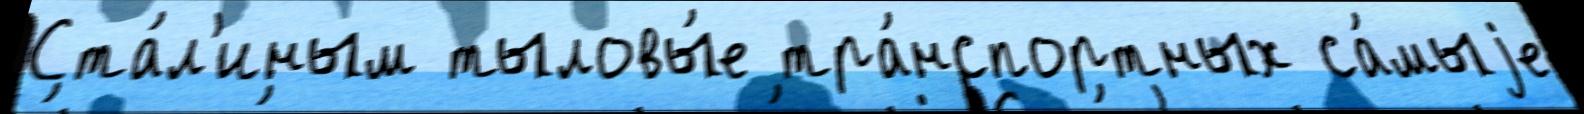
Ста́л'иным тыловы́е тра́нспортных са́мыjе